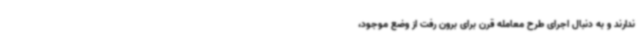
ندارند و به دنبال اجرای طرح معامله قرن برای برون رفت از وضع موجود،